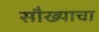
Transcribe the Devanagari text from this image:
सौख्याचा